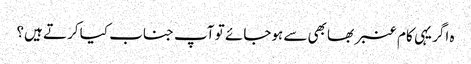
ہ اگر یہی کام عنبر بھابھی سے ہوجائے تو آپ جناب کیا کرتے ہیں؟